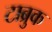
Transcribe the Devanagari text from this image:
टाब्रुक